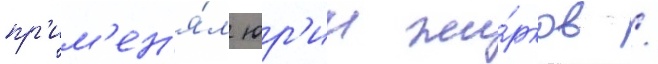
пр'им'ен'я́л юр'ии жи́рков /